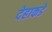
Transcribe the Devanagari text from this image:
देहाकडे